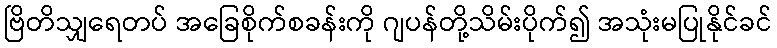
ဗြိတိသျှရေတပ် အခြေစိုက်စခန်းကို ဂျပန်တို့သိမ်းပိုက်၍ အသုံးမပြုနိုင်ခင်